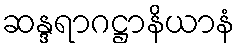
ဆန္ဒရာဂဋ္ဌာနိယာနံ